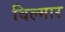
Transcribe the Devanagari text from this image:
विल्मार